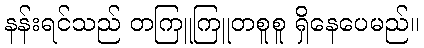
နန်းရင်သည် တကြူကြူတစူစူ ရှိနေပေမည်။